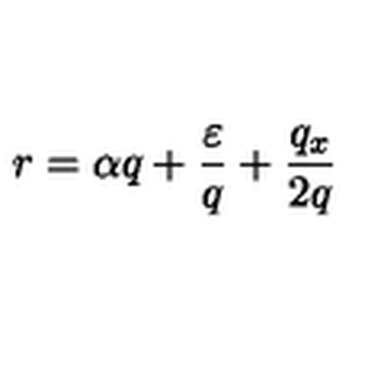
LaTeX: r = \alpha q + \frac { \varepsilon } { q } + \frac { q _ { x } } { 2 q }